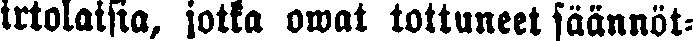
irtolaisia, jotka owat tottuneet säännöt-